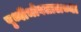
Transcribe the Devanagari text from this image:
पृथ्वीभोवतालच्या